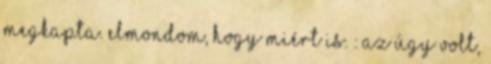
megkapta. Elmondom, hogy miért is. : Az úgy volt,